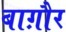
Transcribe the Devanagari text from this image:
बाग़ौर